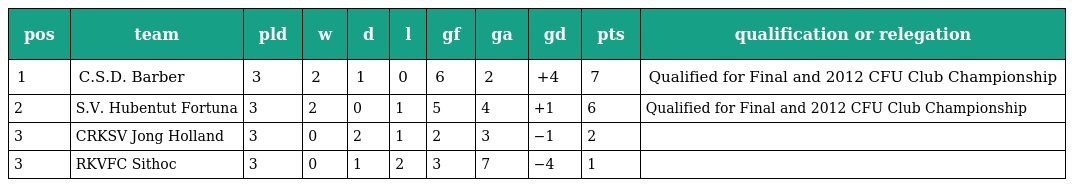
| pos | team | pld | w | d | l | gf | ga | gd | pts | qualification or relegation |
 | --- | --- | --- | --- | --- | --- | --- | --- | --- | --- | --- |
 | 1 | C.S.D. Barber | 3 | 2 | 1 | 0 | 6 | 2 | +4 | 7 | Qualified for Final and 2012 CFU Club Championship |
 | 2 | S.V. Hubentut Fortuna | 3 | 2 | 0 | 1 | 5 | 4 | +1 | 6 | Qualified for Final and 2012 CFU Club Championship |
 | 3 | CRKSV Jong Holland | 3 | 0 | 2 | 1 | 2 | 3 | −1 | 2 |  |
 | 3 | RKVFC Sithoc | 3 | 0 | 1 | 2 | 3 | 7 | −4 | 1 |  |